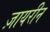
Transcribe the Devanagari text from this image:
ज़ायरीन